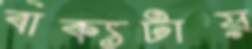
বাক্যটায়